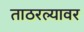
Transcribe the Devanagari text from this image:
ताठरल्यावर